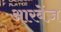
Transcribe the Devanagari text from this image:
आरबेंज़